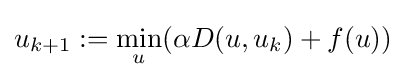
u_{k+1}:=\min _{u}(\alpha D(u,u_{k})+f(u))